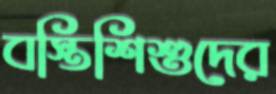
বস্তিশিশুদের